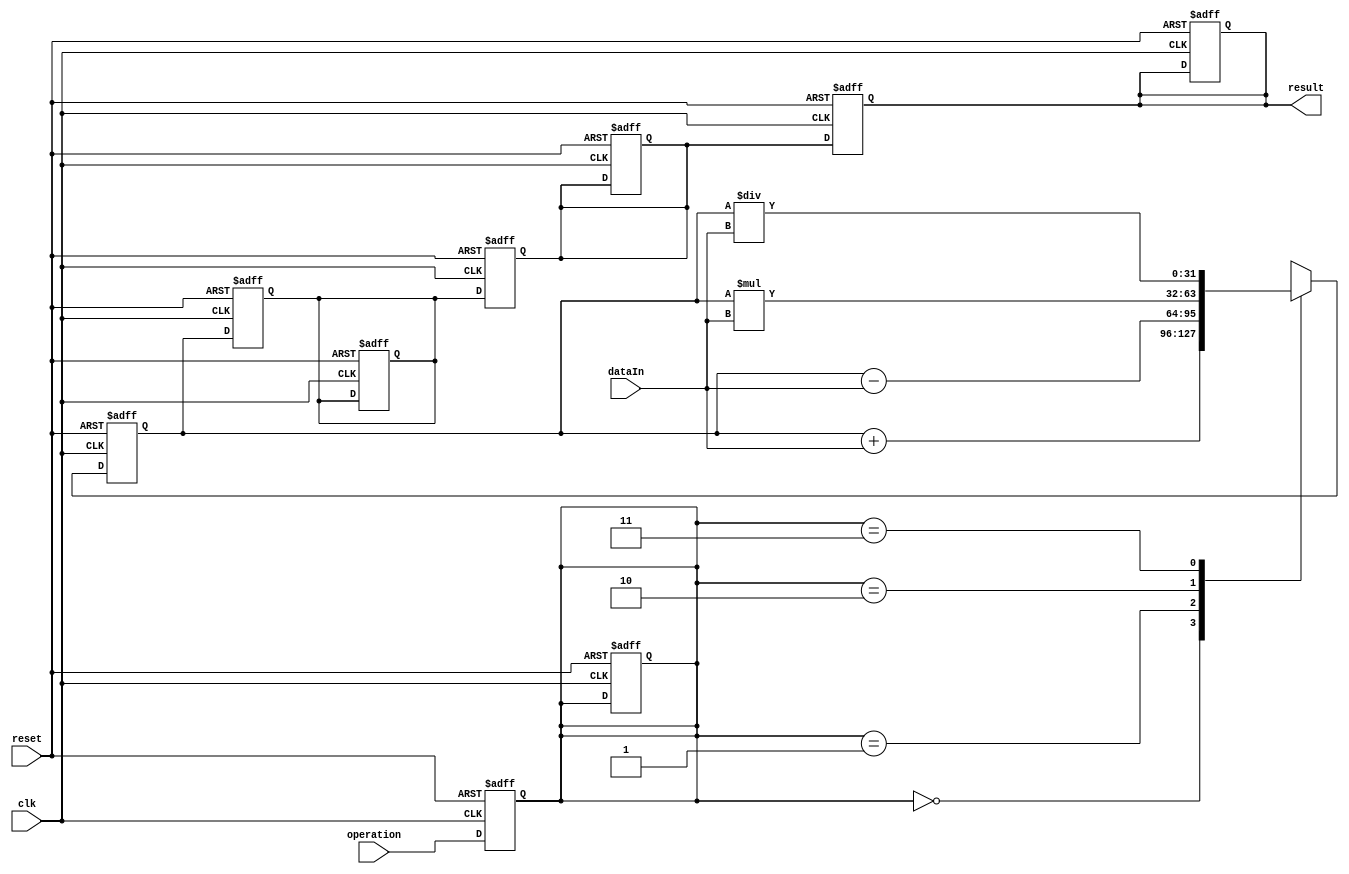
module PipelineAccumulator (
  input clk,          // Clock signal
  input reset,        // Reset signal
  
  // Input ports for incoming data block and operation selection
  input [31:0] dataIn,
  input [1:0] operation,    // 00:addition, 01:subtraction, 10:multiplication, 11:division
  
  // Output ports for accumulated result
  output reg [31:0] result
);

reg [31:0] stage1_result, stage2_result, stage3_result;
reg [1:0] current_op;

always @(posedge clk or posedge reset) begin
  if (reset) begin
    stage1_result <= 0;
    stage2_result <= 0;
    stage3_result <= 0;
    current_op <= 2'b00;
    result <= 0;
  end else begin
    case(current_op)
      2'b00: stage1_result <= stage1_result + dataIn;    // Addition
      2'b01: stage1_result <= stage1_result - dataIn;    // Subtraction
      2'b10: stage1_result <= stage1_result * dataIn;    // Multiplication
      2'b11: stage1_result <= stage1_result / dataIn;    // Division
    endcase
  end
end

always @(posedge clk or posedge reset) begin
  if (reset) begin
    stage2_result <= 0;
  end else begin
    stage2_result <= stage1_result;
  end
end

always @(posedge clk or posedge reset) begin
  if (reset) begin
    stage3_result <= 0;
  end else begin
    stage3_result <= stage2_result;
  end
end

always @(posedge clk or posedge reset) begin
  if (reset) begin
    result <= 0;
  end else begin
    result <= stage3_result;
  end
end

always @(posedge clk or posedge reset) begin
  if (reset) begin
    current_op <= 2'b00;
  end else begin
    current_op <= operation;
  end
end

endmodule